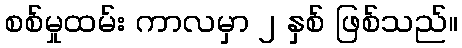
စစ်မှုထမ်း ကာလမှာ ၂ နှစ် ဖြစ်သည်။